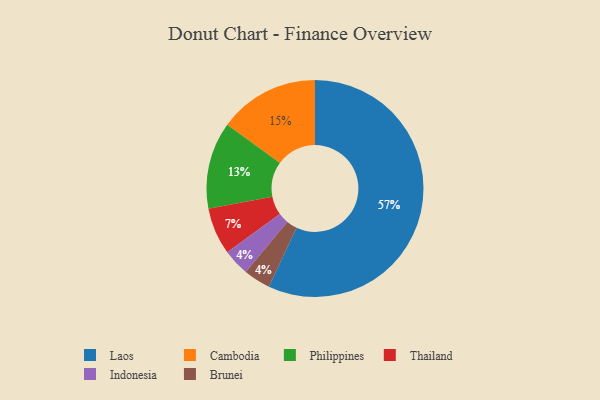
{"axis": {"x": "Category", "y": "Percentage"}, "legend": ["Brunei", "Cambodia", "Indonesia", "Laos", "Philippines", "Thailand"], "data": [{"x": "Laos", "y": 57, "type": "Laos"}, {"x": "Indonesia", "y": 4, "type": "Indonesia"}, {"x": "Philippines", "y": 13, "type": "Philippines"}, {"x": "Thailand", "y": 7, "type": "Thailand"}, {"x": "Cambodia", "y": 15, "type": "Cambodia"}, {"x": "Brunei", "y": 4, "type": "Brunei"}]}